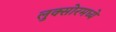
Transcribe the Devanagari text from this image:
लुक्सोरमध्ये